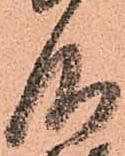
仰